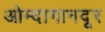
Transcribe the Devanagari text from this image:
ओम्दागानदूर